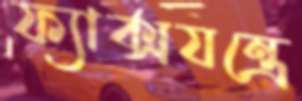
ফ্যাক্সযন্ত্রে